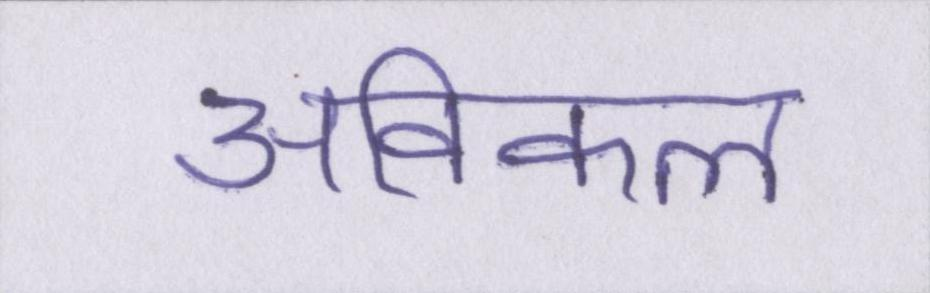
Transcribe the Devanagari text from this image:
अविकल